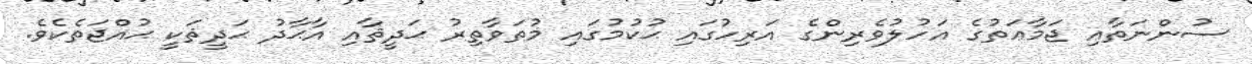
ސުންނަތާއި ޖަމާޢަތުގެ އަހުލުވެރިންގެ އަރިހުގައި ޙުކުމުގައި މުތަވާތިރު ޙަދީޘާއި އާޙާދު ޙަދީޘަކީ ޙުއްޖަތެކެވެ.